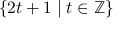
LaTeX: \{ 2 t + 1 \mid t \in \mathbb { Z } \}